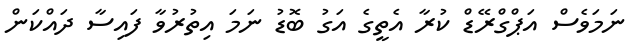
ނަމަވެސް އަޕްގްރޭޑް ކުރާ އެތީގެ އަގު ބޮޑު ނަމަ އިތުރުވާ ފައިސާ ދައްކަން